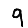
Digit: 9